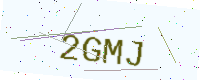
Text: 2GMJ